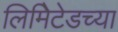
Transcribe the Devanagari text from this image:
लिमिेटेडच्या